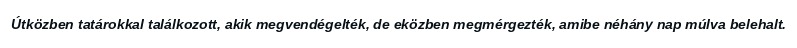
Útközben tatárokkal találkozott, akik megvendégelték, de eközben megmérgezték, amibe néhány nap múlva belehalt.